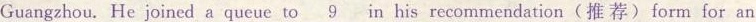
Guangzhou. He joined a queue to\underline{9} in his recommendation(推 荐)form for an